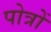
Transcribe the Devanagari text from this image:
पोत्रों